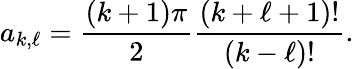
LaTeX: a_{k,\ell}=\frac{(k+1)\pi}{2}\frac{(k+\ell+1)!}{(k-\ell)!}.